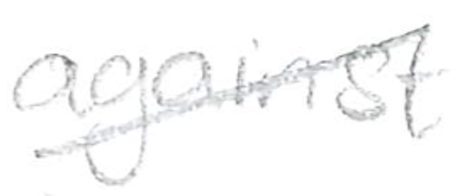
Text: against
Cross-out: diagonal
Writing tool: pencil